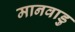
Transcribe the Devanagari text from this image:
मानवाडु